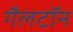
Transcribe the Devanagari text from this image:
गैलटॉन